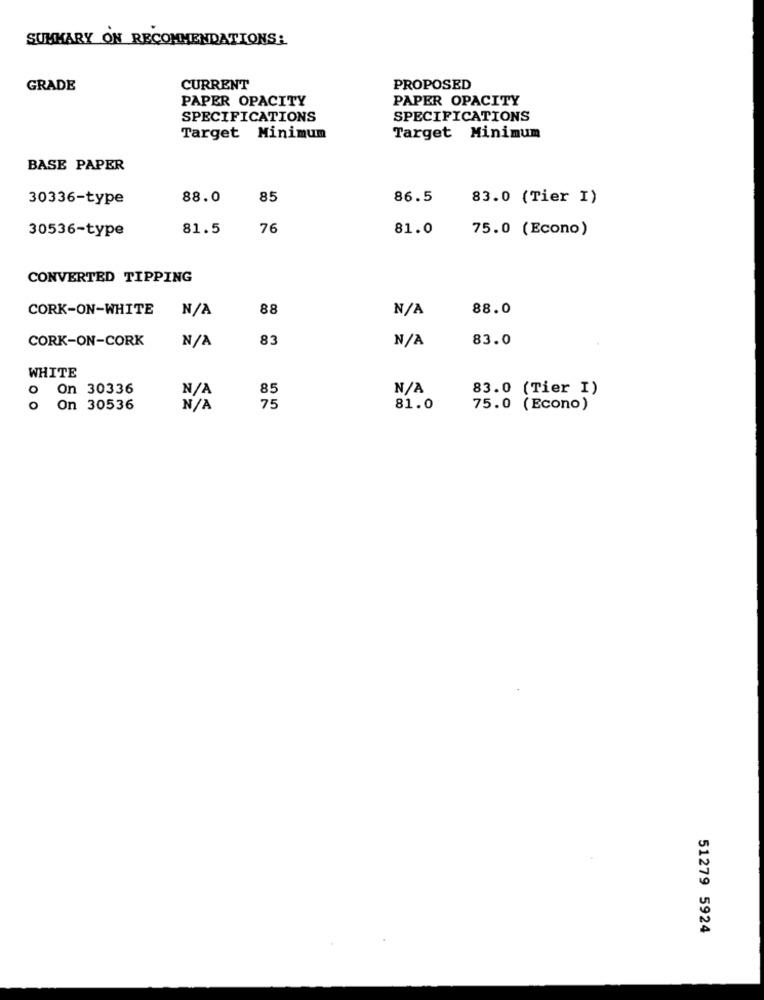
SUMMARY ON RECOMMENDATIONS:
GRADE
CURRENT
PROPOSED
PAPER OPACITY
PAPER OPACITY
SPECIFICATIONS
SPECIFICATIONS
Target Minimum
Target Minimum
BASE PAPER
30336-type
88.0
85
86.5
83.0 (Tier I)
30536-type
81.5
76
81.0
75.0 (Econo)
CONVERTED TIPPING
CORK-ON-WHITE
88
88.0
CORK-ON-CORK
83
83.0
WHITE
0
On 30336
85
83.0 (Tier I)
On 30536
75
81.0
75.0 (Econo)
51279 5924